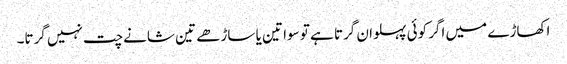
اکھاڑے میں اگر کوئی پہلوان گرتا ہے تو سوا تین یا ساڑھے تین شانے چت نہیں گرتا۔